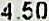
4.50